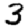
Digit: 3